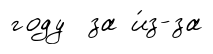
году за и́з-за